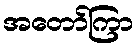
အတော်ကြာ